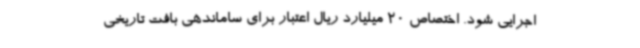
اجرایی شود. اختصاص 20 میلیارد ریال اعتبار برای ساماندهی بافت تاریخی